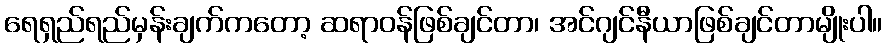
ရေရှည်ရည်မှန်းချက်ကတော့ ဆရာဝန်ဖြစ်ချင်တာ၊ အင်ဂျင်နီယာဖြစ်ချင်တာမျိုးပါ။